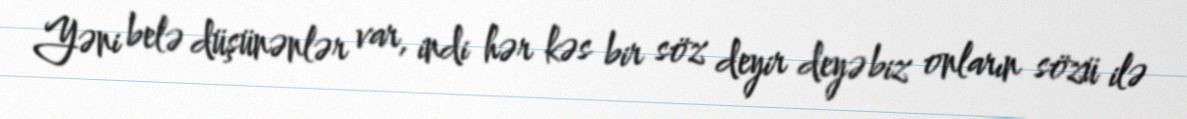
Yəni belə düşünənlər var, indi hər kəs bir söz deyir deyə biz onların sözü ilə